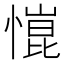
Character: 𢠎